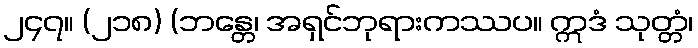
၂၄၇။ (၂၁၈) (ဘန္တေ၊ အရှင်ဘုရားကဿပ။ ဣဒံ သုတ္တံ၊